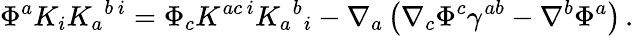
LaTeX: \Phi^{a}K_{i}K_{a}{}^{b\, i}=\Phi_{c}K^{ac\, i}K_{a}{}^{b}{}_{i}-\nabla_{a}\left(\nabla_{c}\Phi^{c}\gamma^{ab}-\nabla^{b}\Phi^{a}\right)\, .